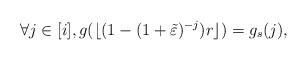
LaTeX: \begin{align*}\forall j \in [i], g(\lfloor ( 1 - ( 1 + \tilde \varepsilon)^{-j})r \rfloor ) = g_s(j),\end{align*}